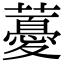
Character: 𧀥